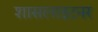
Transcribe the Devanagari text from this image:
शासलाइटनर